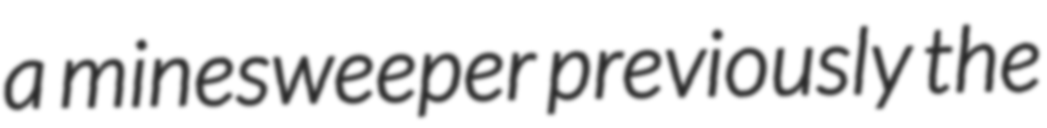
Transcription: a minesweeper previously the